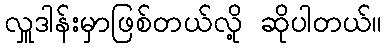
လှူဒါန်းမှာဖြစ်တယ်လို့ ဆိုပါတယ်။